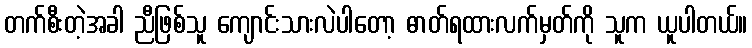
တက်စီးတဲ့အခါ ညီဖြစ်သူ ကျောင်းသားလဲပါတော့ ဓာတ်ရထားလက်မှတ်ကို သူက ယူပါတယ်။